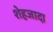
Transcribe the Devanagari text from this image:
शेहजादा